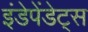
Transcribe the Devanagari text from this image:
इंडेपेंडेट्स